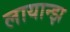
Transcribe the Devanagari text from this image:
लायान्झ